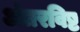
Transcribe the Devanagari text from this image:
अंतरविष्ट